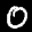
Label: 0